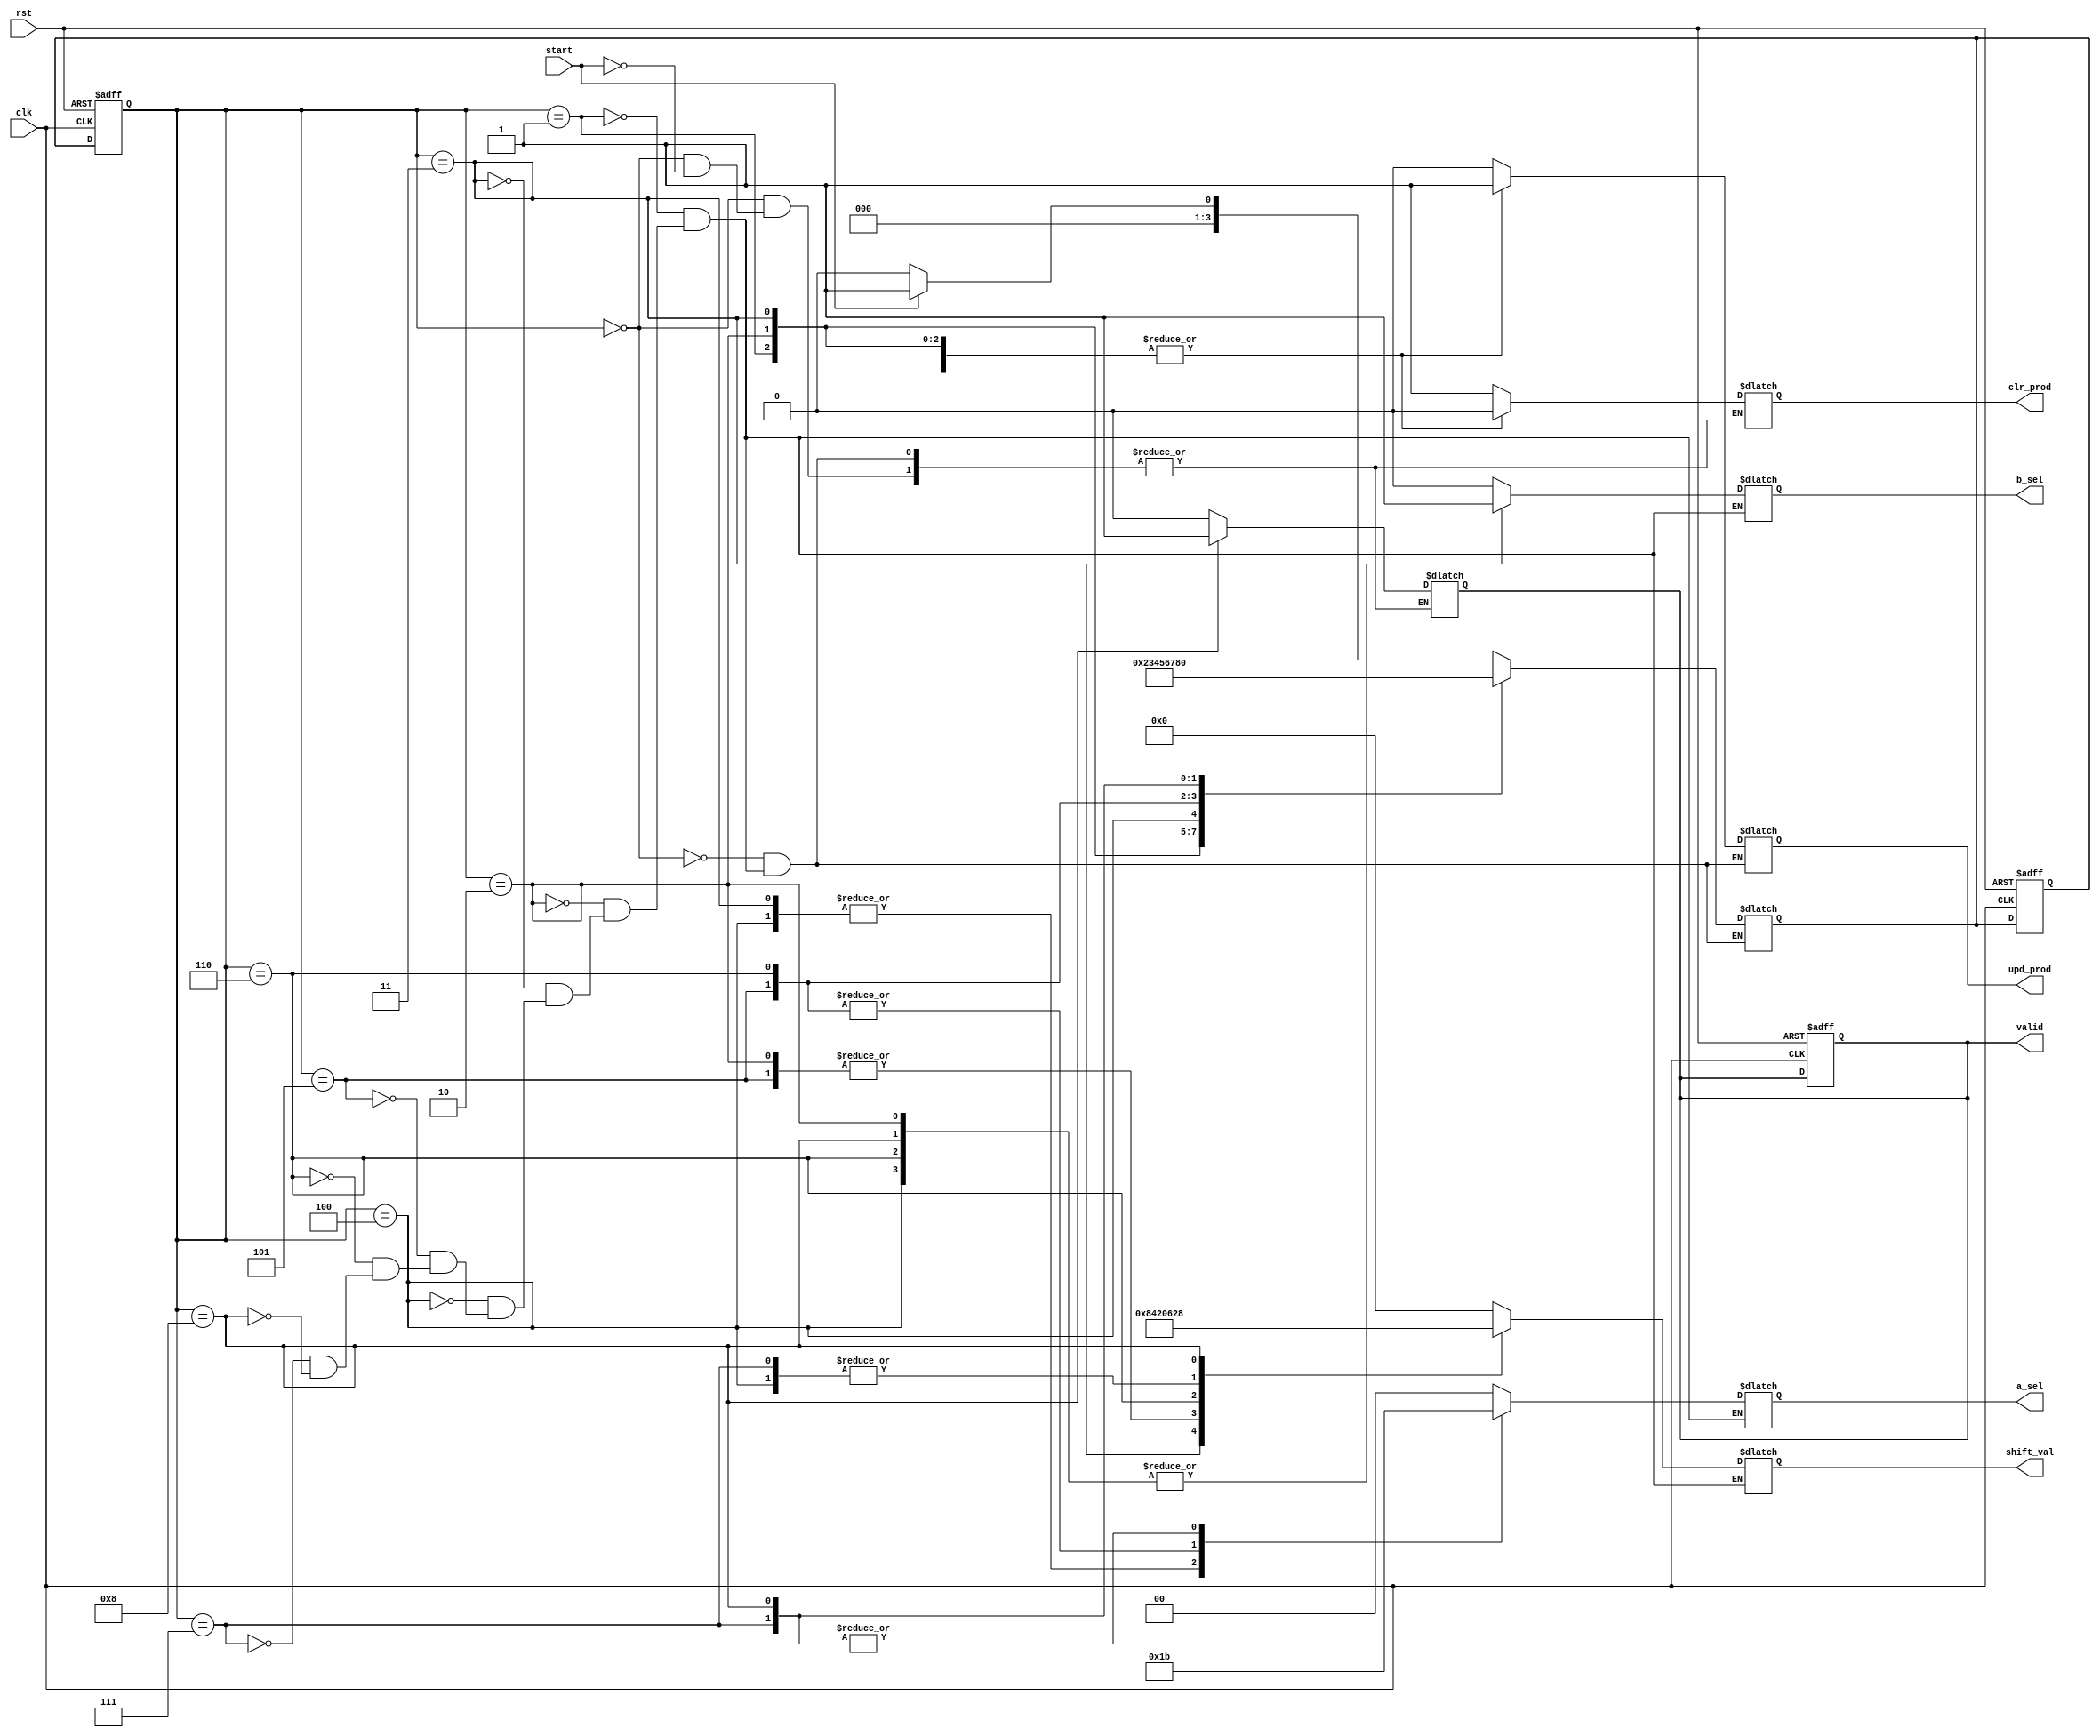
// 32X32 Multiplier FSM
module mult32x32_fsm (
    output wire valid,          // Product valid indication
    output reg  [1:0] a_sel,    // Select one byte from A
    output reg        b_sel,    // Select one 2-byte word from B
    output reg  [5:0] shift_val,// Shift value of 8-bit mult product
    output wire upd_prod,       // Update the product register
    output wire clr_prod,       // Clear the product register

    input wire start,           // Start signal
    input wire clk,             // Clock
    input wire rst              // rst
);

// Put your code here
// ------------------
// local parameter
	localparam Re=4'b0000;
	localparam A=4'b0001;
	localparam B=4'b0010;
	localparam C=4'b0011;
	localparam D=4'b0100;
	localparam E=4'b0101;
	localparam F=4'b0110;
	localparam G=4'b0111;
	localparam H=4'b1000;
	
// internal variables
	reg [3:0] nxt_st;
	reg [3:0] crt_st;
	reg valid_reg, upd_reg, clr_reg;

//reg - wire connections
	assign valid = valid_reg;
	assign upd_prod = upd_reg;
	assign clr_prod = clr_reg;

 always @(posedge clk , posedge rst)
	begin
		if(rst==1'b1)begin
			crt_st <= Re;
			nxt_st <= Re;
			valid_reg=1'b1;	
			end

		else 
			crt_st <= nxt_st;
	end

	always@(*)
	begin
		case(crt_st)
			Re: begin
				if (start == 1'b1)begin
					nxt_st=A;
					upd_reg=1'b0;
					clr_reg=1'b1;
					valid_reg=1'b0;	
				end
				
				else begin 
				nxt_st=Re;
				upd_reg=1'b0;

				end
				
				end // end Re
			A: begin
					nxt_st=B;
					a_sel=2'b00;
					b_sel=1'b0;
					shift_val=6'b000000; //shift 0 bit to left
					upd_reg=1'b1;
					clr_reg=1'b0;
					valid_reg=1'b0;
					end // end A
			B: begin
					nxt_st=C;
					a_sel=2'b00;
					b_sel=1'b1;
					shift_val=6'b010000; //shift 16 bit to left
					upd_reg=1'b1;
					clr_reg=1'b0;
					valid_reg=1'b0;
					end // end B
			C: begin
					nxt_st=D;
					a_sel=2'b01;
					b_sel=1'b0;
					shift_val=6'b001000; //shift 8 bit to left
					upd_reg=1'b1;
					clr_reg=1'b0;
					valid_reg=1'b0;
					end // end C
			D: begin
					nxt_st=E;
					a_sel=2'b01;
					b_sel=1'b1;
					shift_val=6'b011000; //shift 24 bit to left
					upd_reg=1'b1;
					clr_reg=1'b0;
					valid_reg=1'b0;
					end // end D			
			E: begin
					nxt_st=F;
					a_sel=2'b10;
					b_sel=1'b0;
					shift_val=6'b010000; //shift 16 bit to left
					upd_reg=1'b1;
					clr_reg=1'b0;
					valid_reg=1'b0;
					end // end E
			F: begin
					nxt_st=G;
					a_sel=2'b10;
					b_sel=1'b1;
					shift_val=6'b100000; //shift 32 bit to left
					upd_reg=1'b1;
					clr_reg=1'b0;
					valid_reg=1'b0;
					end // end F
			G: begin
					nxt_st=H;
					a_sel=2'b11;
					b_sel=1'b0;
					shift_val=6'b011000; //shift 24 bit to left
					upd_reg=1'b1;
					clr_reg=1'b0;
					valid_reg=1'b0;
					end // end G
			H: begin
					nxt_st=Re;
					a_sel=2'b11;
					b_sel=1'b1;
					shift_val=6'b101000; //shift 40 bit to left
					upd_reg=1'b1;
					clr_reg=1'b0;
					valid_reg=1'b1;
					end // end H
			endcase
	end //end always               
// End of your code

endmodule